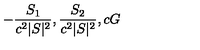
- { \frac { S _ { 1 } } { c ^ { 2 } | S | ^ { 2 } } } , { \frac { S _ { 2 } } { c ^ { 2 } | S | ^ { 2 } } } , c G